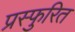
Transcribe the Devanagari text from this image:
प्रस्फुरित